Report of the Imperial Institute of Veterinary Research, Muktesar
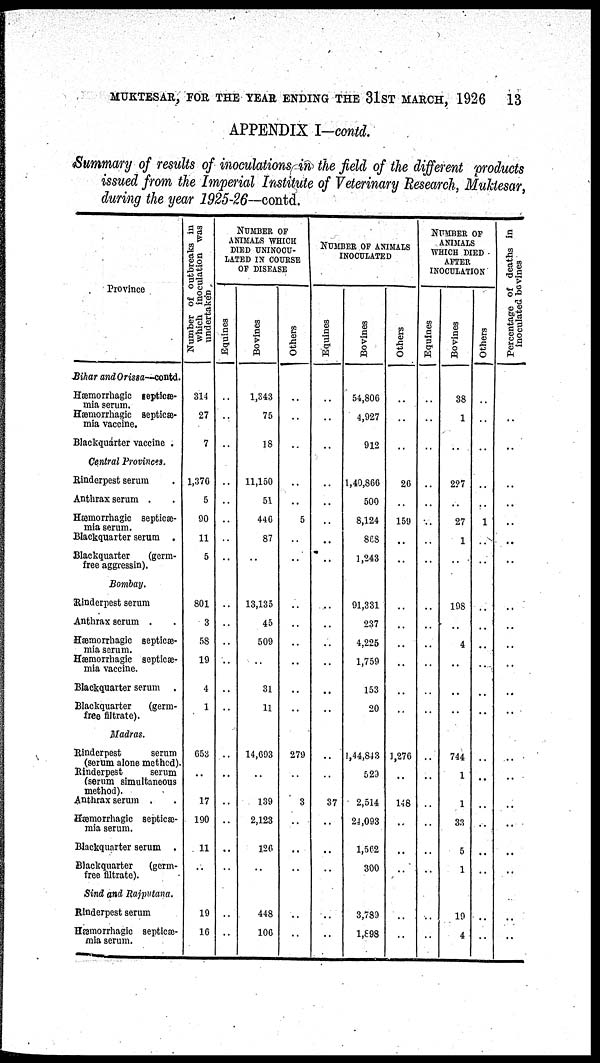
MUKTESAR, FOR THE YEAR ENDING THE 31ST MARCH, 1926 13
APPENDIX I-contd.
Summary of results of inoculations in the field of the different products
issued from the Imperial Institute of Veterinary Research, Muktesar,
during the year 1925-26—contd.
Province
Bihar and Orissa—contd.
Hæmorrhagic septicæ¬
mia serum.
Hæmorrhagic septicæ-
mia vaccine.
Blackquarter vaccine .
Central Provinces.
Rinderpest serum
Anthrax serum .
Hæmorrhagic septicæ¬
mia serum.
Blackquarter serum .
Blackquarter
(germ¬
free aggressin).
Bombay.
Rinderpest serum
Anthrax serum .
Hæmorrhagic septicæ¬
mia serum.
Hæmorrhagic septicæ-
mia vaccine.
Blackquarter serum .
Blackquarter
(germ¬
free filtrate).
Madras.
Rinderpest
serum
(serum alone methed)
Rinderpest
serum
(serum simultaneous
method).
Anthrax serum .
Hæmorrhagic septicæ-
mia serum.
Blackquarter serum .
Blackquarter
(germ¬
free filtrate).
Sind and Rajputana.
Rinderpest serum
Hæmorrhagic septicæ-
mia serum.
Number of outbreaks in
which inoculation was
undertaken,
314
27
7
1,376
5
90
11
5
801
3
58
19
4
1
653
17
190
11
19
16
NUMBER OF
ANIMALS WHICH
DIED UNINOCU¬
LATED IN COURSE
OF DISEASE
Equines
..
..
..
..
..
..
..
..
..
..
..
..
..
..
..
..
..
..
..
Bovines
1,343
75
18
11,150
51
446
87
..
13,135
45
509
..
31
11
14,693
139
2,123
126
448
106
Others
..
..
..
..
..
5
..
..
..
..
..
..
..
..
279
3
..
..
..
..
NUMBER OF ANIMAL
INOCULATED
Equines
..
..
..
..
..
..
..
..
..
..
..
..
..
..
37
..
..
..
..
..
Bovines
54,806
4,927
912
1,40,866
500
8,124
868
1,243
91,331
237
4,225
1,759
153
20
1,44,843
529
2,514
24,093
1,562
300
3,789
1,898
Others
..
..
..
26
159
..
..
..
..
..
..
..
..
1,270
..
148
..
..
..
..
..
NUMBER OF
ANIMALS
WHICH DIED
AFTER
INOCULATION
Equities
...
..
..
..
..
..
..
..
..
..
..
..
..
...
..
..
..
..
..
..
..
Bovines
38
1
..
227
27
1
..
198
..
4
..
..
..
744
1
1
33
5
1
19
4
Others
..
..
..
..
1
..
..
..
..
..
..
..
..
..
..
..
..
..
..
..
..
Percentage of deaths in
inoculated bovines
..
..
..
..
..
..
..
..
..
..
..
..
..
..
..
..
..
..
..
..
..